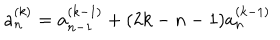
a _ { n } ^ { ( k ) } = a _ { n - 1 } ^ { ( k - 1 ) } + ( 2 k - n - 1 ) a _ { n } ^ { ( k - 1 ) }